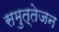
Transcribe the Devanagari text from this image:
समुत्तेजन